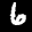
Label: 6